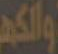
والكهـ